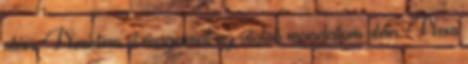
után. Nevetem el magamat az utolsó mondatom után. Nem